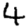
Digit: 4